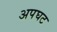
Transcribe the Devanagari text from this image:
अपघट